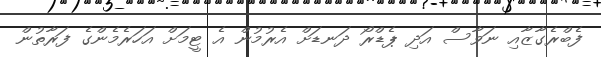
ފެބްރެގާޒާއި ނަވާސް އަދި ޕެޑްރޯ ދަނޑަށް އެރުމުން އެ ޓީމަށް އަހަރެމެންގެ ފަރާތުން